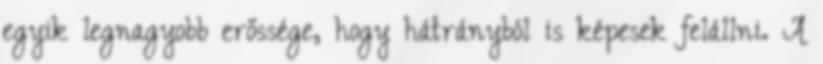
egyik legnagyobb erőssége, hogy hátrányból is képesek felállni. A